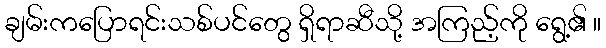
ချမ်းကပြောရင်းသစ်ပင်တွေ ရှိရာဆီသို့ အကြည့်ကို ရွေ့၏ ။